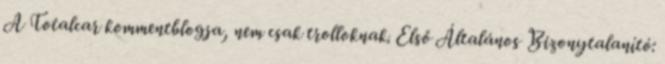
A Totalcar kommentblogja, nem csak trolloknak. Első Általános Bizonytalanító: